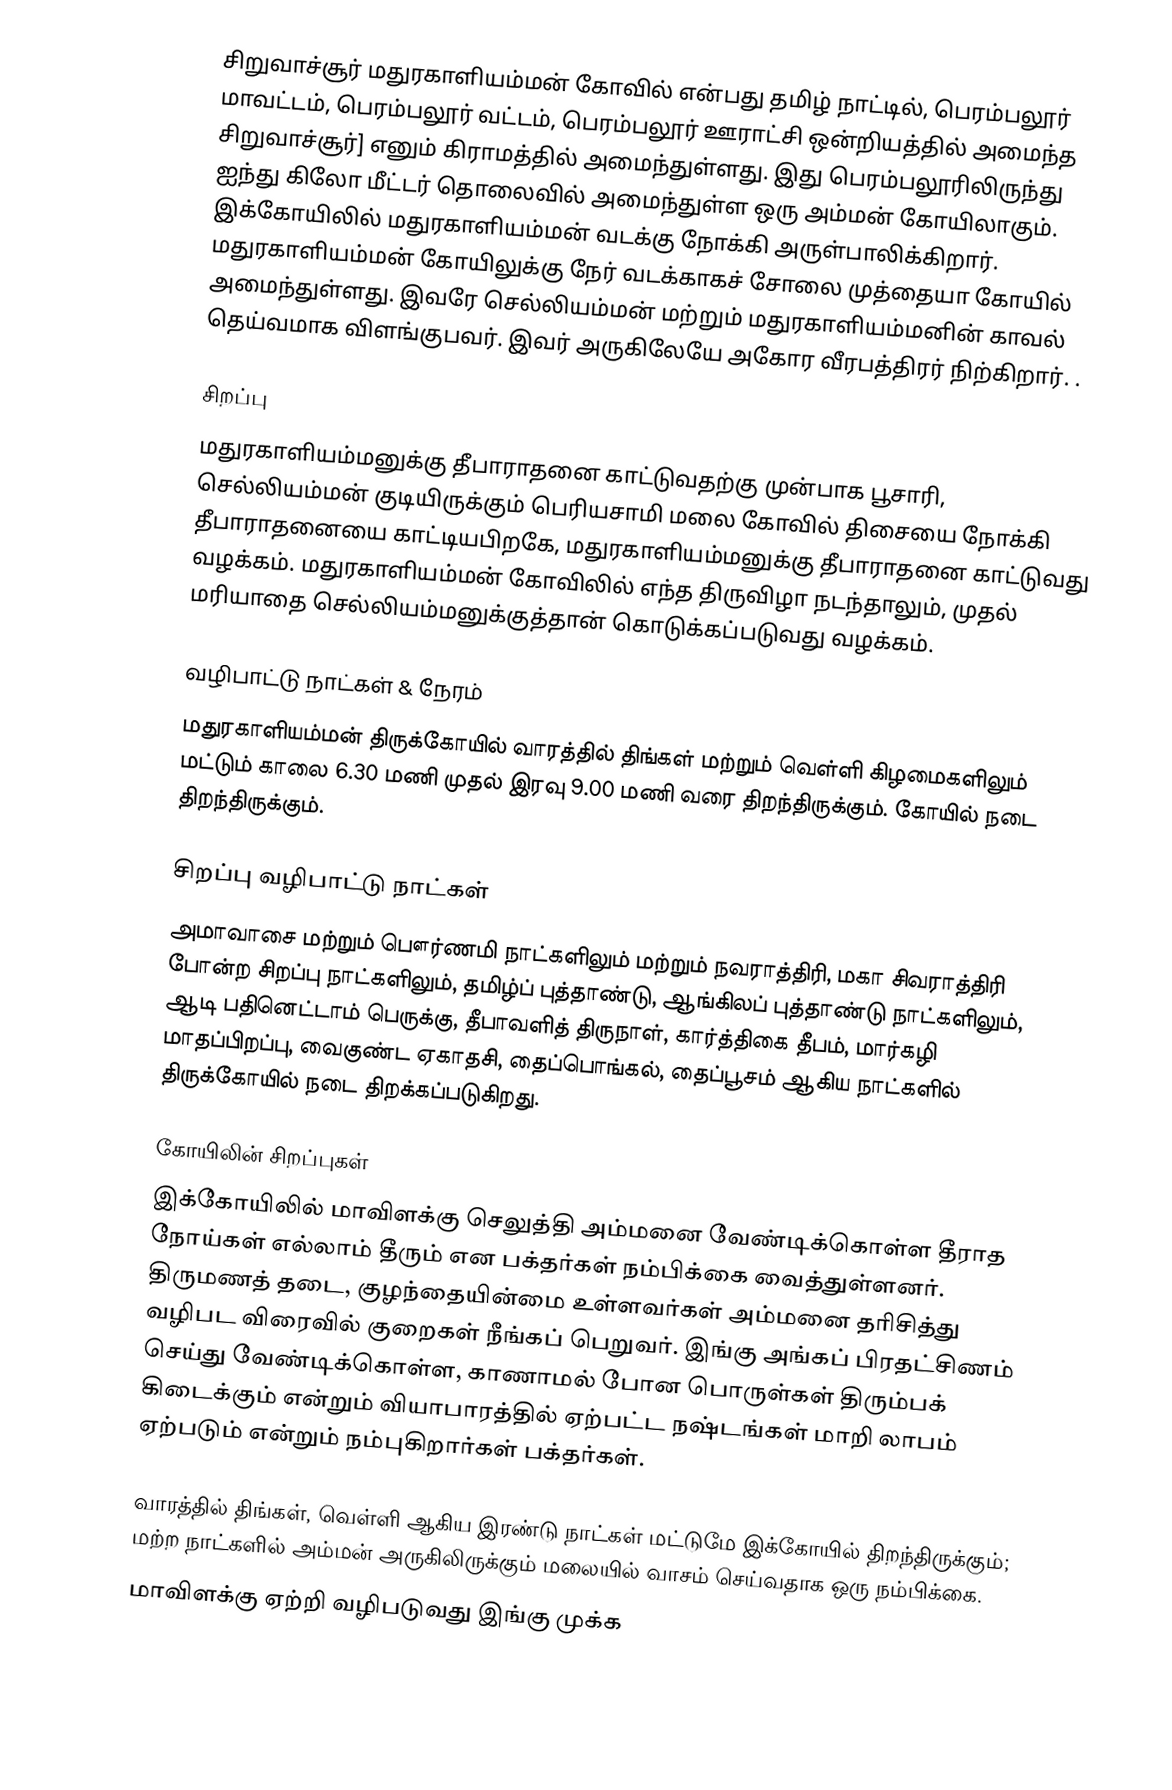
சிறுவாச்சூர் மதுரகாளியம்மன் கோவில் என்பது தமிழ் நாட்டில், பெரம்பலூர் மாவட்டம், பெரம்பலூர் வட்டம், பெரம்பலூர் ஊராட்சி ஒன்றியத்தில் அமைந்த சிறுவாச்சூர்] எனும் கிராமத்தில் அமைந்துள்ளது. இது பெரம்பலூரிலிருந்து ஐந்து கிலோ மீட்டர் தொலைவில் அமைந்துள்ள ஒரு அம்மன் கோயிலாகும். இக்கோயிலில் மதுரகாளியம்மன் வடக்கு நோக்கி அருள்பாலிக்கிறார். மதுரகாளியம்மன் கோயிலுக்கு நேர் வடக்காகச் சோலை முத்தையா கோயில் அமைந்துள்ளது. இவரே செல்லியம்மன் மற்றும் மதுரகாளியம்மனின் காவல் தெய்வமாக விளங்குபவர். இவர் அருகிலேயே அகோர வீரபத்திரர் நிற்கிறார். .

சிறப்பு
மதுரகாளியம்மனுக்கு தீபாராதனை காட்டுவதற்கு முன்பாக பூசாரி, செல்லியம்மன் குடியிருக்கும் பெரியசாமி மலை கோவில் திசையை நோக்கி தீபாராதனையை காட்டியபிறகே, மதுரகாளியம்மனுக்கு தீபாராதனை காட்டுவது வழக்கம். மதுரகாளியம்மன் கோவிலில் எந்த திருவிழா நடந்தாலும், முதல் மரியாதை செல்லியம்மனுக்குத்தான் கொடுக்கப்படுவது வழக்கம்.

வழிபாட்டு நாட்கள் & நேரம்
மதுரகாளியம்மன் திருக்கோயில் வாரத்தில் திங்கள் மற்றும் வெள்ளி கிழமைகளிலும் மட்டும் காலை 6.30 மணி முதல் இரவு 9.00 மணி வரை திறந்திருக்கும்.  கோயில் நடை திறந்திருக்கும்.

சிறப்பு வழிபாட்டு நாட்கள்
அமாவாசை மற்றும் பௌர்ணமி நாட்களிலும் மற்றும் நவராத்திரி, மகா சிவராத்திரி போன்ற சிறப்பு நாட்களிலும், தமிழ்ப் புத்தாண்டு, ஆங்கிலப் புத்தாண்டு நாட்களிலும், ஆடி பதினெட்டாம் பெருக்கு, தீபாவளித் திருநாள், கார்த்திகை தீபம், மார்கழி மாதப்பிறப்பு, வைகுண்ட ஏகாதசி, தைப்பொங்கல், தைப்பூசம் ஆகிய நாட்களில் திருக்கோயில் நடை திறக்கப்படுகிறது.

கோயிலின் சிறப்புகள்
இக்கோயிலில் மாவிளக்கு செலுத்தி அம்மனை வேண்டிக்கொள்ள தீராத நோய்கள் எல்லாம் தீரும் என பக்தர்கள் நம்பிக்கை வைத்துள்ளனர். திருமணத் தடை, குழந்தையின்மை உள்ளவர்கள் அம்மனை தரிசித்து வழிபட விரைவில் குறைகள் நீங்கப் பெறுவர். இங்கு அங்கப் பிரதட்சிணம் செய்து வேண்டிக்கொள்ள, காணாமல் போன பொருள்கள் திரும்பக் கிடைக்கும் என்றும் வியாபாரத்தில் ஏற்பட்ட நஷ்டங்கள் மாறி லாபம் ஏற்படும் என்றும் நம்புகிறார்கள் பக்தர்கள்.

 வாரத்தில் திங்கள், வெள்ளி ஆகிய இரண்டு நாட்கள் மட்டுமே இக்கோயில் திறந்திருக்கும்; மற்ற நாட்களில் அம்மன் அருகிலிருக்கும் மலையில் வாசம் செய்வதாக ஒரு நம்பிக்கை.
 மாவிளக்கு ஏற்றி வழிபடுவது இங்கு முக்க